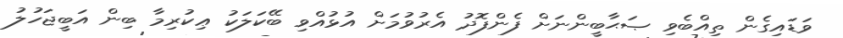
ވަޑައިގެން ތިއްބެވި ޞަޙާބީންނަށް ފެންފޮދު އެރުވުމަށް އުޅުއްވި ބޭކަލަކު ޢިކުރިމާ ބިން އަބީޖަހުލު